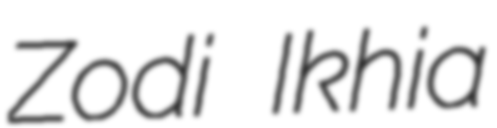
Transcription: Zodi Ikhia